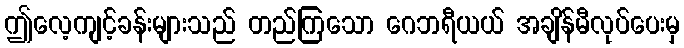
ဤလေ့ကျင့်ခန်းများသည် တည်ကြသော ဂေဘရီယယ် အချိန်မီလုပ်ပေးမှ